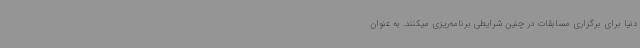
دنیا برای برگزاری مسابقات در چنین شرایطی برنامه‌ریزی میکنند. به عنوان